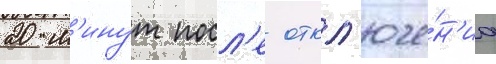
20 м'инут посл'е откл'юче́н'иа